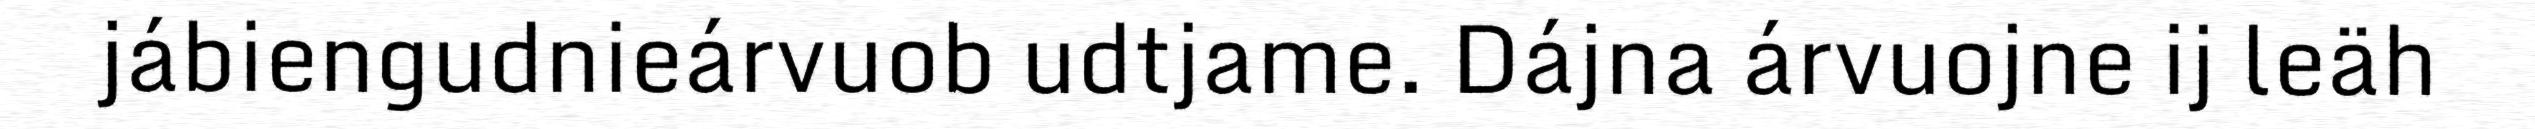
jábiengudnieárvuob udtjame. Dájna árvuojne ij leäh